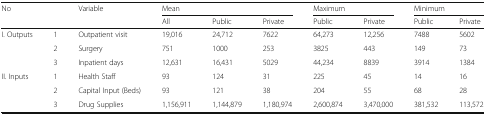
| <ROWSPAN=2-COLSPAN=2> No | <ROWSPAN=2> Variable | <COLSPAN=3> Mean | <COLSPAN=2> Maximum | <COLSPAN=2> Minimum |
 | All | Public | Private | Public | Private | Public | Private |
 | --- | --- | --- | --- | --- | --- | --- | --- | --- | --- |
 | <ROWSPAN=3> I. Outputs | 1 | Outpatient visit | 19,016 | 24,712 | 7622 | 64,273 | 12,256 | 7488 | 5602 |
 | 2 | Surgery | 751 | 1000 | 253 | 3825 | 443 | 149 | 73 |
 | 3 | Inpatient days | 12,631 | 16,431 | 5029 | 44,234 | 8839 | 3914 | 1384 |
 | <ROWSPAN=3> II. Inputs | 1 | Health Staff | 93 | 124 | 31 | 225 | 45 | 14 | 16 |
 | 2 | Capital Input (Beds) | 93 | 121 | 38 | 204 | 55 | 68 | 28 |
 | 3 | Drug Supplies | 1,156,911 | 1,144,879 | 1,180,974 | 2,600,874 | 3,470,000 | 381,532 | 113,572 |